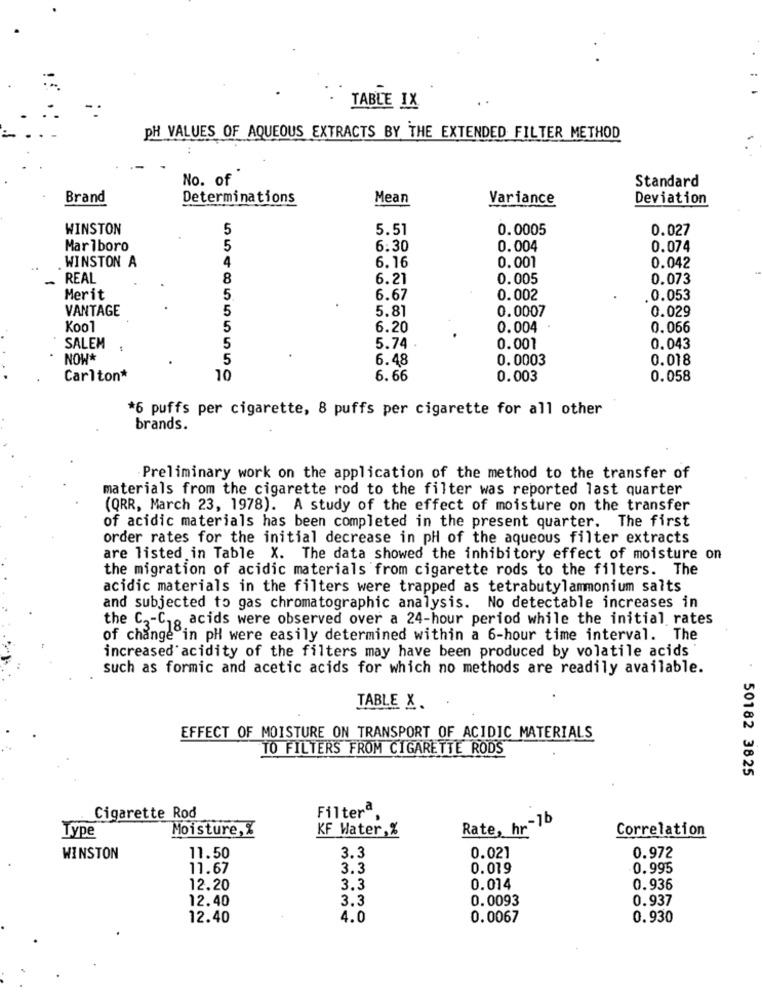
TABLE IX
PH VALUES OF AQUEOUS EXTRACTS BY THE EXTENDED FILTER METHOD
No. of
Standard
Brand
Determinations
Mean
Variance
Deviation
WINSTON
5
5.51
0.0005
0.027
Marlboro
5
6:30
0.004
0.074
6.16
0.001
WINSTON A
4
0.042
REAL
8
6.21
0.005
0.073
Merit
5
6.67
0.002
0.053
VANTAGE
5
5.81
0.0007
0.029
Kool
5
6.20
0.004
0.066
SALEM
5.74
0.001
0.043
NOW*
6.48
0.0003
0.018
Carlton*
10
6.66
0.003
0.058
*6 puffs per cigarette, 8 puffs per cigarette for all other
brands.
Preliminary work on the application of the method to the transfer of
materials from the cigarette rod to the filter was reported last quarter
(QRR, March 23, 1978). A study of the effect of moisture on the transfer
of acidic materials has been completed in the present quarter. The first
order rates for the initial decrease in pH of the aqueous filter extracts
are listed in Table X. The data showed the inhibitory effect of moisture on
the migration of acidic materials from cigarette rods to the filters. The
acidic materials in the filters were trapped as tetrabutylammonium salts
and subjected to gas chromatographic analysis. No detectable increases in
the C2-C . acids were observed over a 24-hour period while the initial rates
of change in pH were easily determined within a 6-hour time interval. The
increased acidity of the filters may have been produced by volatile acids
such as formic and acetic acids for which no methods are readily available.
TABLE X.
EFFECT OF MOISTURE ON TRANSPORT OF ACIDIC MATERIALS
TO FILTERS FROM CIGARETTE RODS
50182 3825
Filtera
Cigarette Rod
Moisture, %
KF Water, %
Rate, hr-16
Correlation
Type
3.3
0.021
WINSTON
11.50
0.972
11.67
3.3
0.019
0.995
12.20
3.3
0.014
0.936
12.40
3.3
0.0093
0.937
12.40
4.0
0.0067
0.930